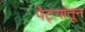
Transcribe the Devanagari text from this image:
पेट्यांतून